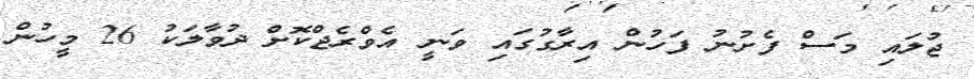
ޖުލައި މަސް ފެށުނު ފަހުން އިރާގުގައި ވަނީ އެވްރެޖްކޮށް ދުވާލަކު 26 މީހުން